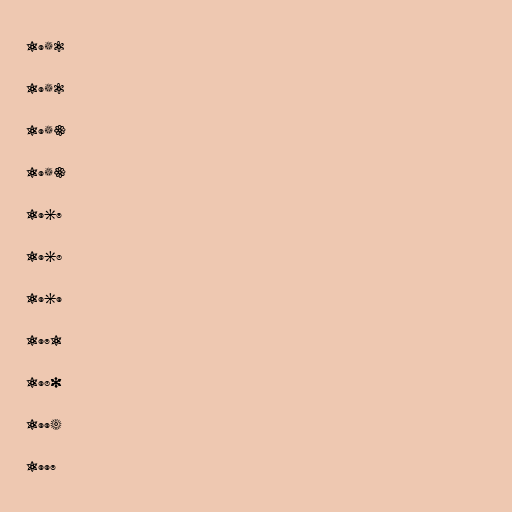
1952

1952

1953

1953

1967

1968

1969

1971

1980

1994

1997